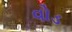
વોડ